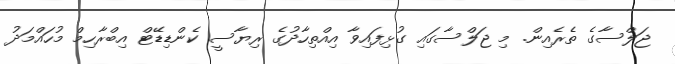
ޖަލްސާގެ ތެރެއިން. މި ޖަލްސާގައި ގުޅިފައިވާ އިއްތިހާދުގެ ރިޔާސީ ކެންޑިޑޭޓް އިބްރާހިމް މުހައްމަދު